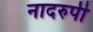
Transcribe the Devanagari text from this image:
नादरुपी